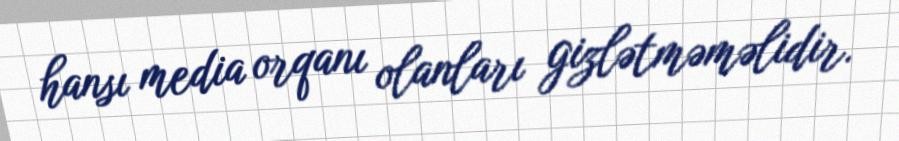
hansı media orqanı olanları gizlətməməlidir.